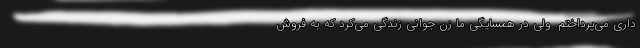
داری می‌پرداختم. ولی در همسایگی ما زن جوانی زندگی می‌کرد که به فروش